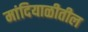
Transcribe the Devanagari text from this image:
मांदियाळीतील